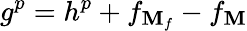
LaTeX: g^{p}=h^{p}+f_{\mathbf{M}_{f}}-f_{\mathbf{M}}